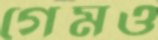
গেমও